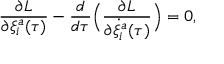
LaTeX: \frac { \partial L } { \partial \xi _ { i } ^ { a } ( \tau ) } - \frac { d } { d \tau } \Big ( \frac { \partial L } { \partial \dot { \xi } _ { i } ^ { a } ( \tau ) } \Big ) = 0 ,